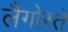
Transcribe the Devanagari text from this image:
लैंगोस्ते